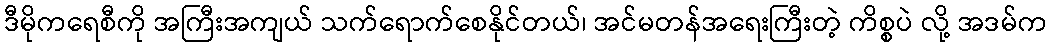
ဒီမိုကရေစီကို အကြီးအကျယ် သက်ရောက်စေနိုင်တယ်၊ အင်မတန်အရေးကြီးတဲ့ ကိစ္စပဲ လို့ အဒမ်က